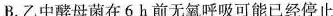
B.乙中酵母菌在6h前无氧呼吸可能已经停止